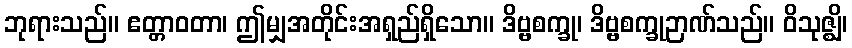
ဘုရားသည်။ ဧတ္တာဝတာ၊ ဤမျှအတိုင်းအရှည်ရှိသော။ ဒိဗ္ဗစက္ခု၊ ဒိဗ္ဗစက္ခုဉာဏ်သည်။ ဝိသုဇ္ဈိ၊